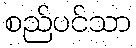
စည်ပင်သာ